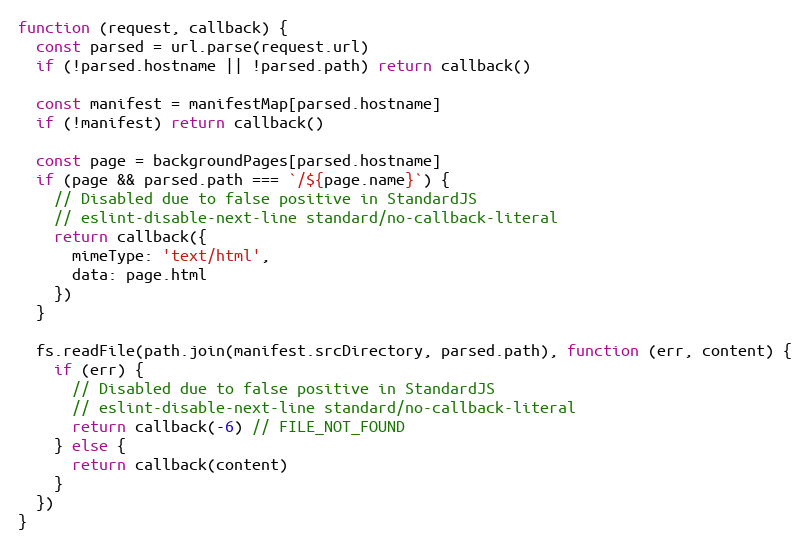
Language: JavaScript
function (request, callback) {
  const parsed = url.parse(request.url)
  if (!parsed.hostname || !parsed.path) return callback()

  const manifest = manifestMap[parsed.hostname]
  if (!manifest) return callback()

  const page = backgroundPages[parsed.hostname]
  if (page && parsed.path === `/${page.name}`) {
    // Disabled due to false positive in StandardJS
    // eslint-disable-next-line standard/no-callback-literal
    return callback({
      mimeType: 'text/html',
      data: page.html
    })
  }

  fs.readFile(path.join(manifest.srcDirectory, parsed.path), function (err, content) {
    if (err) {
      // Disabled due to false positive in StandardJS
      // eslint-disable-next-line standard/no-callback-literal
      return callback(-6) // FILE_NOT_FOUND
    } else {
      return callback(content)
    }
  })
}